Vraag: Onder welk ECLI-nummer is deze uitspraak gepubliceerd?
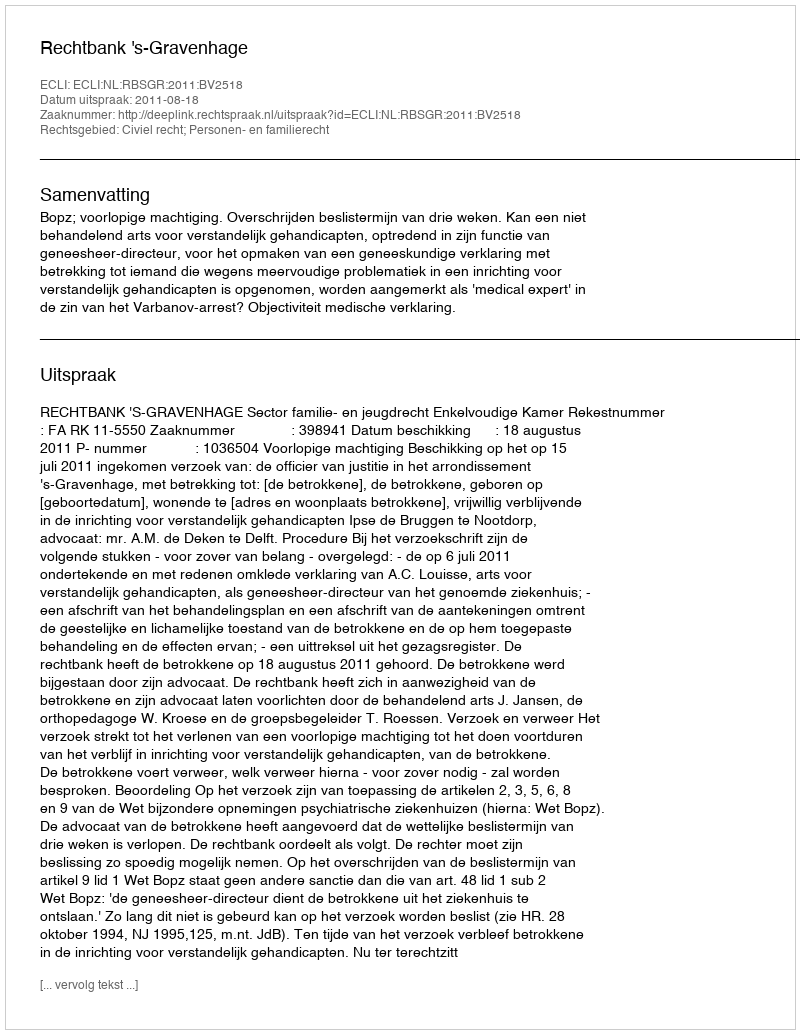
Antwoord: ECLI:NL:RBSGR:2011:BV2518